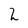
Character: 2